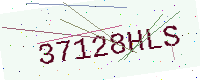
Text: 37128HLS